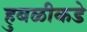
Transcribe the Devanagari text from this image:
हुबळीकडे